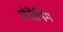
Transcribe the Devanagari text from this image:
प्रोग्रैमिंग